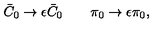
\bar { C } _ { 0 } \to \epsilon \bar { C } _ { 0 } \qquad \pi _ { 0 } \to \epsilon \pi _ { 0 } ,